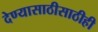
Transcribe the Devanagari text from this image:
देण्यासाठीसाठीही